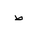
Letter: _da